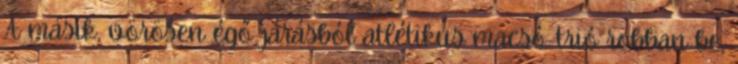
A másik, vörösen égő járásból atlétikus macsó-trió robban be,